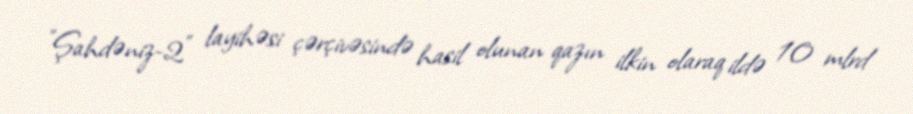
"Şahdəniz-2" layihəsi çərçivəsində hasil olunan qazın ilkin olaraq ildə 10 mlrd